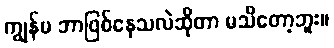
ကျွန်မ ဘာဖြစ်နေသလဲဆိုတာ မသိတော့ဘူး။